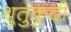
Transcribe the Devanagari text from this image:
थुतुकुदी